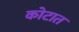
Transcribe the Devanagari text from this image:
कोटात